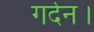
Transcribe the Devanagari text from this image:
गर्दन।